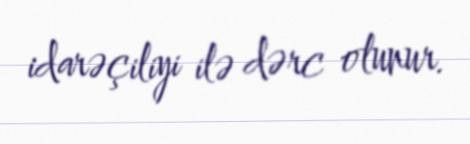
idarəçiliyi ilə dərc olunur.